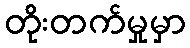
တိုးတက်မှုမှာ